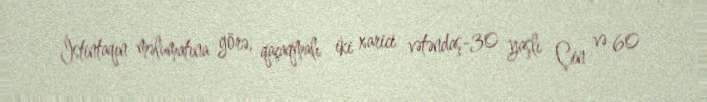
İstintaqın məlumatına görə, qaçaqmalı iki xarici vətəndaş-30 yaşlı Çin və 60